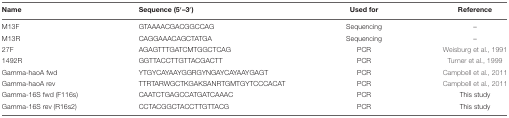
<table><thead><tr><td><b>Name</b></td><td><b>Sequence (5′–3′)</b></td><td><b>Used for</b></td><td><b>Reference</b></td></tr></thead><tbody><tr><td>M13F</td><td>GTAAAACGACGGCCAG</td><td>Sequencing</td><td>–</td></tr><tr><td>M13R</td><td>CAGGAAACAGCTATGA</td><td>Sequencing</td><td>–</td></tr><tr><td>27F</td><td>AGAGTTTGATCMTGGCTCAG</td><td>PCR</td><td>Weisburg et al., 1991</td></tr><tr><td>1492R</td><td>GGTTACCTTGTTACGACTT</td><td>PCR</td><td>Turner et al., 1999</td></tr><tr><td>Gamma-haoA fwd</td><td>YTGYCAYAAYGGRGYNGAYCAYAAYGAGT</td><td>PCR</td><td>Campbell et al., 2011</td></tr><tr><td>Gamma-haoA rev</td><td>TTRTARWGCTKGAKSANRTGMTGYTCCCACAT</td><td>PCR</td><td>Campbell et al., 2011</td></tr><tr><td>Gamma-16S fwd (F116s)</td><td>CAATCTGAGCCATGATCAAAC</td><td>PCR</td><td>This study</td></tr><tr><td>Gamma-16S rev (R16s2)</td><td>CCTACGGCTACCTTGTTACG</td><td>PCR</td><td>This study</td></tr></tbody></table>